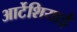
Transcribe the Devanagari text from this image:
आर्टेशियाई